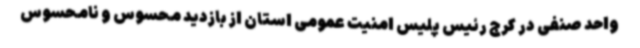
واحد صنفی در کرج رئیس پلیس امنیت عمومی استان از بازدید محسوس و نامحسوس